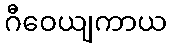
ဂီဝေယျကာယ